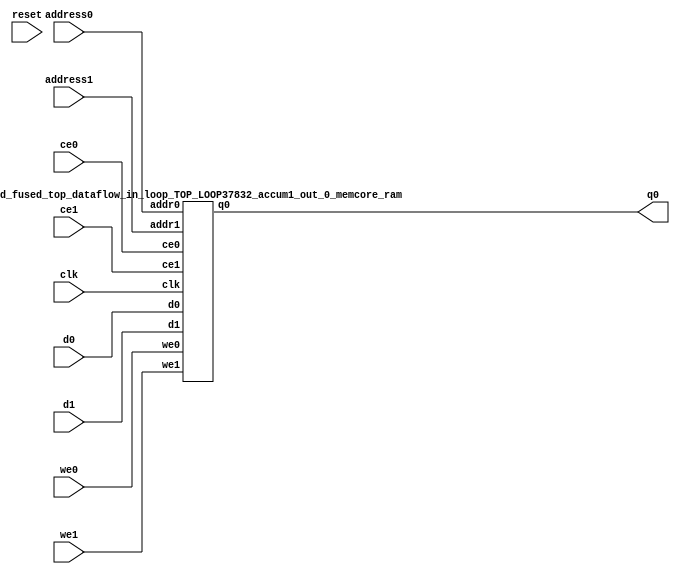
`define EXPONENT 5
`define MANTISSA 10
`define ACTUAL_MANTISSA 11
`define EXPONENT_LSB 10
`define EXPONENT_MSB 14
`define MANTISSA_LSB 0
`define MANTISSA_MSB 9
`define MANTISSA_MUL_SPLIT_LSB 3
`define MANTISSA_MUL_SPLIT_MSB 9
`define SIGN 1
`define SIGN_LOC 15
`define DWIDTH (`SIGN+`EXPONENT+`MANTISSA)
`define IEEE_COMPLIANCE 1

module td_fused_top_dataflow_in_loop_TOP_LOOP37832_accum1_out_0_memcore(
    reset,
    clk,
    address0,
    ce0,
    we0,
    d0,
    q0,
    address1,
    ce1,
    we1,
    d1);

parameter DataWidth = 32'd16;
parameter AddressRange = 32'd8;
parameter AddressWidth = 32'd3;
input reset;
input clk;
input[AddressWidth - 1:0] address0;
input ce0;
input we0;
input[DataWidth - 1:0] d0;
output[DataWidth - 1:0] q0;
input[AddressWidth - 1:0] address1;
input ce1;
input we1;
input[DataWidth - 1:0] d1;



td_fused_top_dataflow_in_loop_TOP_LOOP37832_accum1_out_0_memcore_ram td_fused_top_dataflow_in_loop_TOP_LOOP37832_accum1_out_0_memcore_ram_U(
    .clk( clk ),
    .addr0( address0 ),
    .ce0( ce0 ),
    .we0( we0 ),
    .d0( d0 ),
    .q0( q0 ),
    .addr1( address1 ),
    .ce1( ce1 ),
    .we1( we1 ),
    .d1( d1 )
);

endmodule
module td_fused_top_dataflow_in_loop_TOP_LOOP37832_accum1_out_0_memcore_ram (addr0, ce0, d0, we0, q0, addr1, ce1, d1, we1,  clk);

parameter DWIDTH = 16;
parameter AWIDTH = 3;
parameter MEM_SIZE = 8;

input[AWIDTH-1:0] addr0;
input ce0;
input[DWIDTH-1:0] d0;
input we0;
output reg[DWIDTH-1:0] q0;
input[AWIDTH-1:0] addr1;
input ce1;
input[DWIDTH-1:0] d1;
input we1;
input clk;

reg [DWIDTH-1:0] ram[MEM_SIZE-1:0];




always @(posedge clk)  
begin 
    if (ce0) begin
        if (we0) 
            ram[addr0] <= d0; 
        q0 <= ram[addr0];
    end
end


always @(posedge clk)  
begin 
    if (ce1) begin
        if (we1) 
            ram[addr1] <= d1; 
    end
end


endmodule